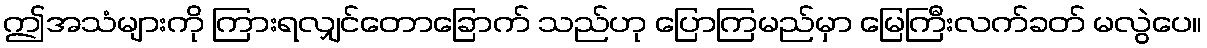
ဤအသံများကို ကြားရလျှင်တောခြောက် သည်ဟု ပြောကြမည်မှာ မြေကြီးလက်ခတ် မလွဲပေ။